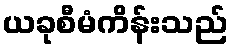
ယခုစီမံကိန်းသည်